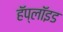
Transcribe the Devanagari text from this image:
हॅप्लॉइड